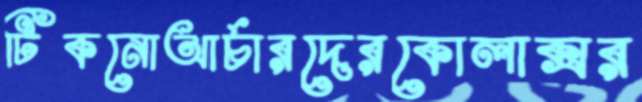
টিকনোআর্চারদেরকোলাক্সর